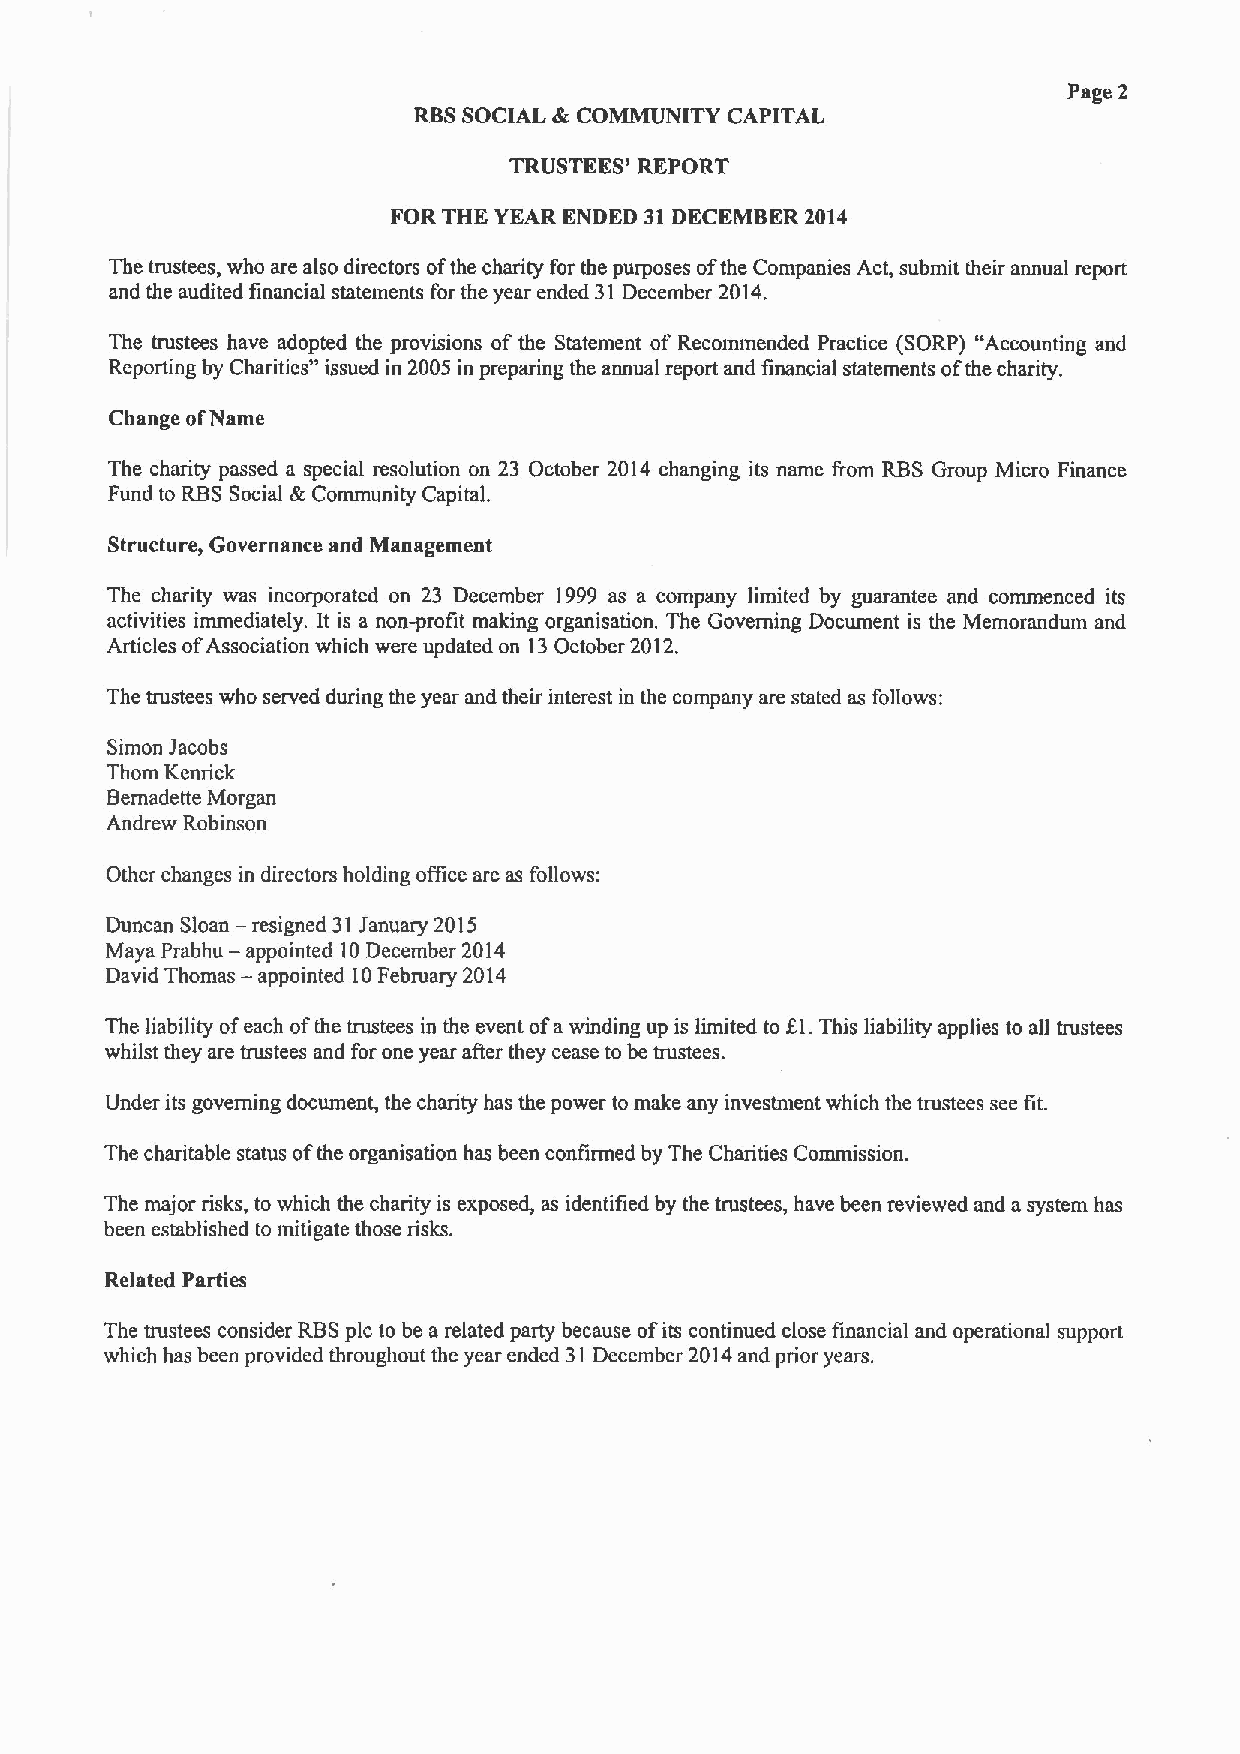
Page 2
 RBSSOCIAL &COMMUNITY CAPITAL
 TRUSTEES' REPORT
 FOR THE YEAR ENDED 31DECEMBER 2014
 The trustees, who are also directors ofthe charity for the purposes ofthe Companies Act, submit their annual report
 and the audited financial statements for the year ended 31December 2014.
 The trustees have adopted the provisions of the Statement of Recommended Practice (SORP) "Accounting and
 Reporting by Charities" issued in 2005 in preparing the annual report and financial statements ofthe charity.
 Change ofName
 The charity passed a special resolution on 23 October 2014 changing its name from RBS Group Micro Finance
 Fund to RBSSocial &Community Capital.
 Structure, Governance and Management
 The charity was incorporated on 23 December 1999 as a company limited by guarantee and commenced its
 activities immediately. It is a non-profit making organisation. The Governing Document is the Memorandum and
 Articles ofAssociation which were updated on 13October 2012.
 The trustees who served during the year and their interest in the company are stated as follows:
 Simon Jacobs
 Thorn Kenrick
 Bemadette Morgan
 Andrew Robinson
 Other changes in directors holding office are as follows:
 Duncan Sloan —resigned 31January 2015
 Maya Prabhu — appointed 10December 2014
 David Thomas — appointed 10February 2014
 The liability ofeach ofthe trustees in the event ofawinding up is limited to El.This liability applies to all trustees
 whilst they are trustees and for one year after they cease to be trustees.
 Under its governing document, the charity has the power to make any investment which the trustees see fit.
 The charitable status ofthe organisation has been confirmed by The Charities Commission.
 The major risks, to which the charity is exposed, as identified by the trustees, have been reviewed and a system has
 been established to mitigate those risks.
 Related Parties
 The trustees consider RBSpic to be a related party because ofits continued close financial and operational support
 which has been provided throughout the year ended 31December 2014and prior years.